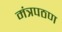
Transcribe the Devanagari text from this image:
मंत्रपठण